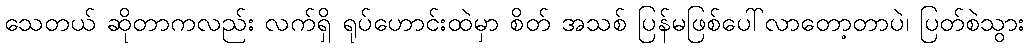
သေတယ် ဆိုတာကလည်း လက်ရှိ ရုပ်ဟောင်းထဲမှာ စိတ် အသစ် ပြန်မဖြစ်ပေါ်လာတော့တာပဲ၊ ပြတ်စဲသွား